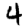
Digit: 4